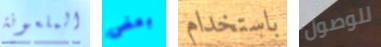
الملعونة بعض باستخدام للوصول